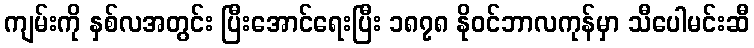
ကျမ်းကို နှစ်လအတွင်း ပြီးအောင်ရေးပြီး ၁၈၇၈ နိုဝင်ဘာလကုန်မှာ သီပေါမင်းဆီ